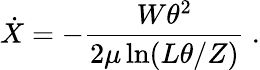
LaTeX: \dot{X}=-\frac{W\theta^{2}}{2\mu\ln(L\theta/Z)}\ .